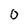
Character: 0